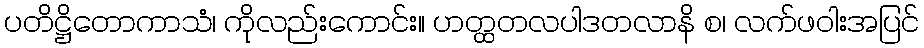
ပတိဋ္ဌိတောကာသံ၊ ကိုလည်းကောင်း။ ဟတ္ထတလပါဒတလာနိ စ၊ လက်ဖဝါးအပြင်